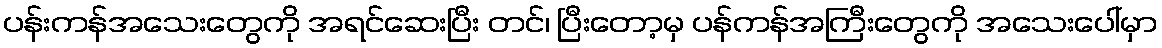
ပန်းကန်အသေးတွေကို အရင်ဆေးပြီး တင်၊ ပြီးတော့မှ ပန်ကန်အကြီးတွေကို အသေးပေါ်မှာ